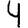
Digit: 4